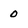
Character: 0